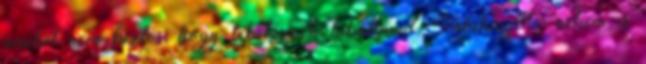
amiket nem biztos, hogy lebetűznék hibátlanul. Valakinyolc: nekem is